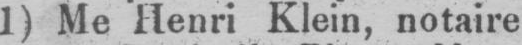
1) Me Henri Klein, notaire